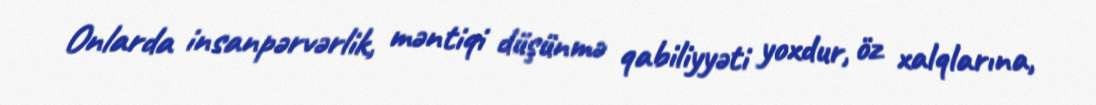
Onlarda insanpərvərlik, məntiqi düşünmə qabiliyyəti yoxdur, öz xalqlarına,